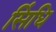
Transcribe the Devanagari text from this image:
सिंधि